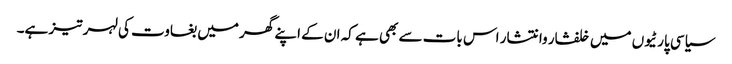
سیاسی پارٹیوں میں خلفشار وانتشار اس بات سے بھی ہے کہ ان کے اپنے گھر میں بغاوت کی لہر تیز ہے۔